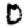
Digit: 0